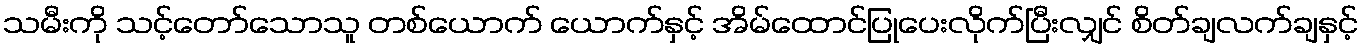
သမီးကို သင့်တော်သောသူ တစ်ယောက် ယောက်နှင့် အိမ်ထောင်ပြုပေးလိုက်ပြီးလျှင် စိတ်ချလက်ချနှင့်